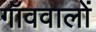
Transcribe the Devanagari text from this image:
गॉववालों